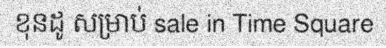
ខុនដូ សម្រាប់ sale in Time Square